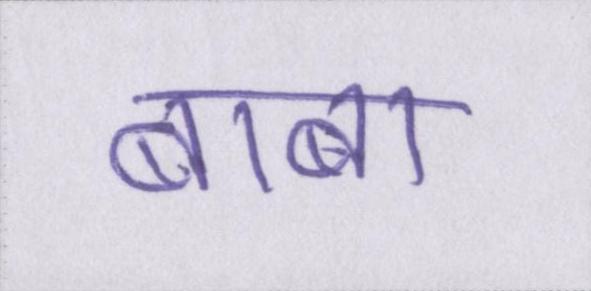
बाबा